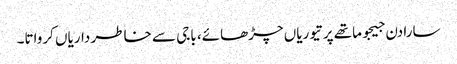
سارا دن جیجو ماتھے پر تیوریاں چڑھائے، باجی سے خاطر داریاں کرواتا۔